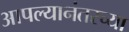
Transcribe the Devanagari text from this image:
आपल्यानंतरच्या